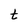
Character: t